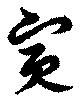
寅